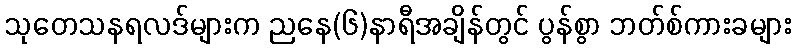
သုတေသနရလဒ်များက ညနေ(၆)နာရီအချိန်တွင် ပွန်စွာ ဘတ်စ်ကားခများ